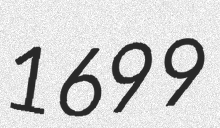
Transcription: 1699